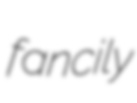
fancily